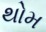
થોમ